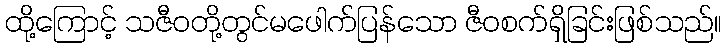
ထို့ကြောင့် သဇီဝတို့တွင်မဖေါက်ပြန်သော ဇီဝစက်ရှိခြင်းဖြစ်သည်။